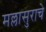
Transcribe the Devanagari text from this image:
मल्लासुराचे